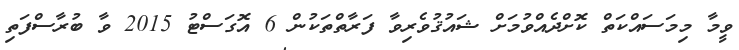
ވީމާ މިމަސައްކަތް ކޮށްދެއްވުމަށް ޝައުޤުވެރިވާ ފަރާތްތަކުން 6 އޮގަސްޓު 2015 ވާ ބުރާސްފަތި